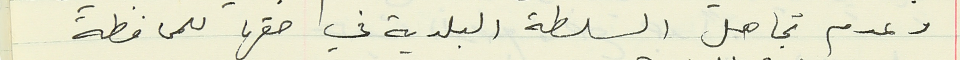
وعدم تجاهل السلطة البلدية في حقها للمحافظة